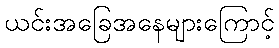
ယင်းအခြေအနေများကြောင့်